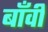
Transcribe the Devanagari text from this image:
बाँवी